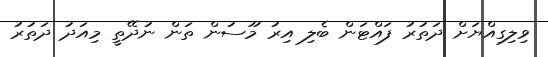
ވިލިގިއްޔަށް ދަތުރު ފައްޓަން ބެލި އިރު މޫސުން ތަން ނުދޭތީ މިއަދު ދަތުރު